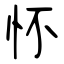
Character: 怀